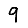
Digit: 9